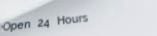
Open 24 Hours